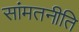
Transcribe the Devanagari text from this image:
सांमतनीति